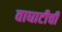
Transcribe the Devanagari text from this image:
वाघाटीची